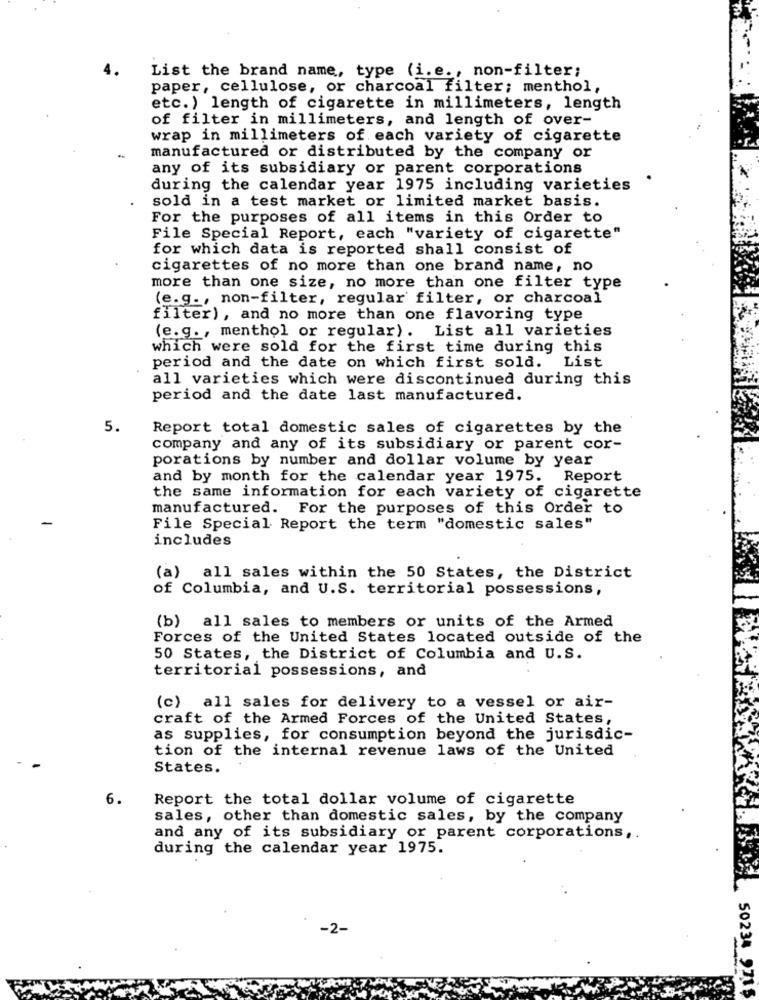
List the brand name, type (i.e ., non-filter;
paper, cellulose, or charcoal filter; menthol,
etc.) length of cigarette in millimeters, length
of filter in millimeters, and length of over-
wrap in millimeters of each variety of cigarette
manufactured or distributed by the company or
any of its subsidiary or parent corporations
during the calendar year 1975 including varieties
sold in a test market or limited market basis.
For the purposes of all items in this Order to
File Special Report, each "variety of cigarette"
for which data is reported shall consist of
cigarettes of no more than one brand name, no
more than one size, no more than one filter type
(e.g ., non-filter, regular filter, or charcoal
filter), and no more than one flavoring type
(e.g ., menthol or regular). List all varieties
which were sold for the first time during this
List
period and the date on which first sold.
all varieties which were discontinued during this
period and the date last manufactured.
5.
Report total domestic sales of cigarettes by the
company and any of its subsidiary or parent cor-
porations by number and dollar volume by year
and by month for the calendar year 1975. Report
the same information for each variety of cigarette
manufactured. For the purposes of this Order to
File Special Report the term "domestic sales"
includes
(a) all sales within the 50 States, the District
of Columbia, and U.S. territorial possessions,
(b) all sales to members or units of the Armed
Forces of the United States located outside of the
50 States, the District of Columbia and U.S.
territorial possessions, and
(c) all sales for delivery to a vessel or air-
craft of the Armed Forces of the United States,
as supplies, for consumption beyond the jurisdic-
tion of the internal revenue laws of the United
States.
6.
Report the total dollar volume of cigarette
sales, other than domestic sales, by the company
and any of its subsidiary or parent corporations,
during the calendar year 1975.
-2-
50234 9715